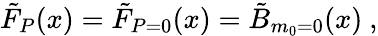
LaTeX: \tilde{F}_{P}(x)=\tilde{F}_{P=0}(x)=\tilde{B}_{m_{0}=0}(x)~,